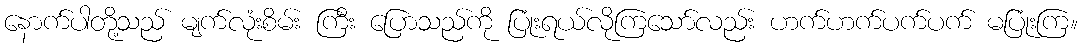
နောက်ပါတို့သည် မျက်လုံးစိမ်း ကြီး ပြောသည်ကို ပြုံးရယ်လိုကြသော်လည်း ဟက်ဟက်ပက်ပက် မပြုံးကြ။